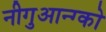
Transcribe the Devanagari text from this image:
नीगुआन्ग्को